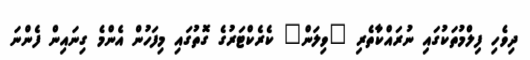
ދިވެހި ފިލްމުތަކުގައި ނުރައްކާތެރި "ވިލަން" ކެރެކްޓަރުގެ ގޮތުގައި މިފަހުން އެންމެ ގިނައިން ފެންނަ